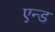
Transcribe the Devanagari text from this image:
एन्‍ड